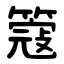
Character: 簆